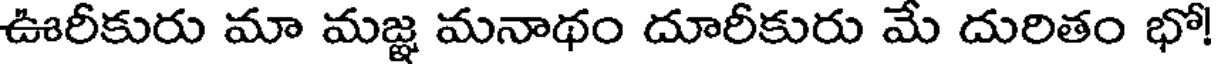
ఊరీకురు మా మజ్ఞ మనాథం దూరీకురు మే దురితం భో